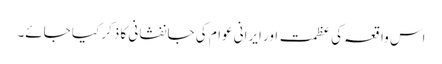
اس واقعہ کی عظمت اور ایرانی عوام کی جانفشانی کا ذکر کیا جائے۔